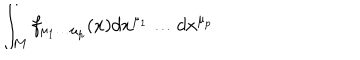
\int _ { M } f _ { \mu _ { 1 } \dots \mu _ { p } } ( x ) d x ^ { \mu _ { 1 } } \dots d x ^ { \mu _ { p } }